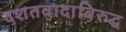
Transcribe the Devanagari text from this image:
दशतवादाविरुद्ध